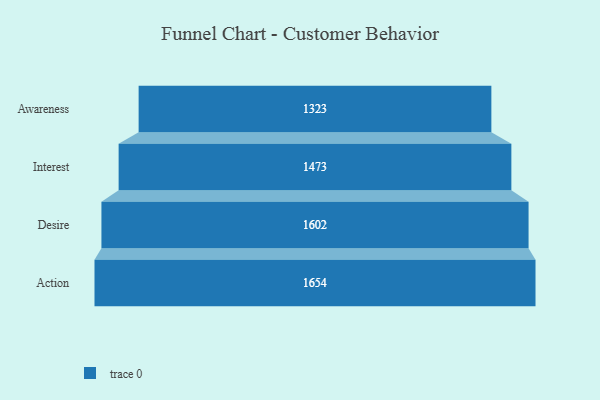
{"axis": {"x": "Stage", "y": "Value"}, "legend": [""], "data": [{"x": "Awareness", "y": 1323.0, "type": ""}, {"x": "Interest", "y": 1473.0, "type": ""}, {"x": "Desire", "y": 1602.0, "type": ""}, {"x": "Action", "y": 1654.0, "type": ""}]}